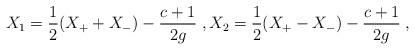
LaTeX: \begin{align*}X_1=\frac{1}{2}(X_++X_-)-\frac{c+1}{2g}\;,X_2=\frac{1}{2}(X_+-X_-)-\frac{c+1}{2g}\;,\end{align*}